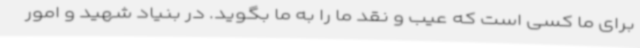
برای ما کسی است که عیب و نقد ما را به ما بگوید. در بنیاد شهید و امور